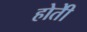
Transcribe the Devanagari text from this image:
होतेी